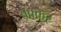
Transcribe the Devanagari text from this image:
बक्कर